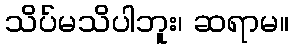
သိပ်မသိပါဘူး၊ ဆရာမ။